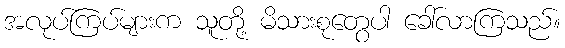
အလုပ်ကြပ်များက သူတို့ မိသားစုတွေပါ ခေါ်လာကြသည်။